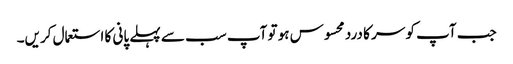
جب آپ کو سر کا درد محسوس ہو تو آپ سب سے پہلے پانی کا استعمال کریں۔